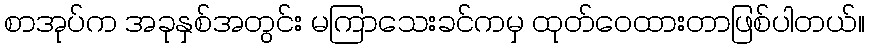
စာအုပ်က အခုနှစ်အတွင်း မကြာသေးခင်ကမှ ထုတ်ဝေထားတာဖြစ်ပါတယ်။